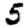
Digit: 5